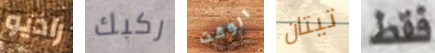
راديو ركبك الوقت تيتان فقط